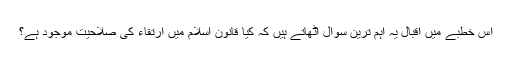
اس خطبے میں اقبال یہ اہم ترین سوال اٹھاتے ہیں کہ کیا قانون اسلام میں ارتقاء کی صلاحیت موجود ہے؟